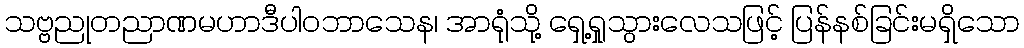
သဗ္ဗညုတညာဏမဟာဒီပါဝဘာသေန၊ အာရုံသို့ ရှေ့ရှုသွားလေသဖြင့် ပြန်နစ်ခြင်းမရှိသော